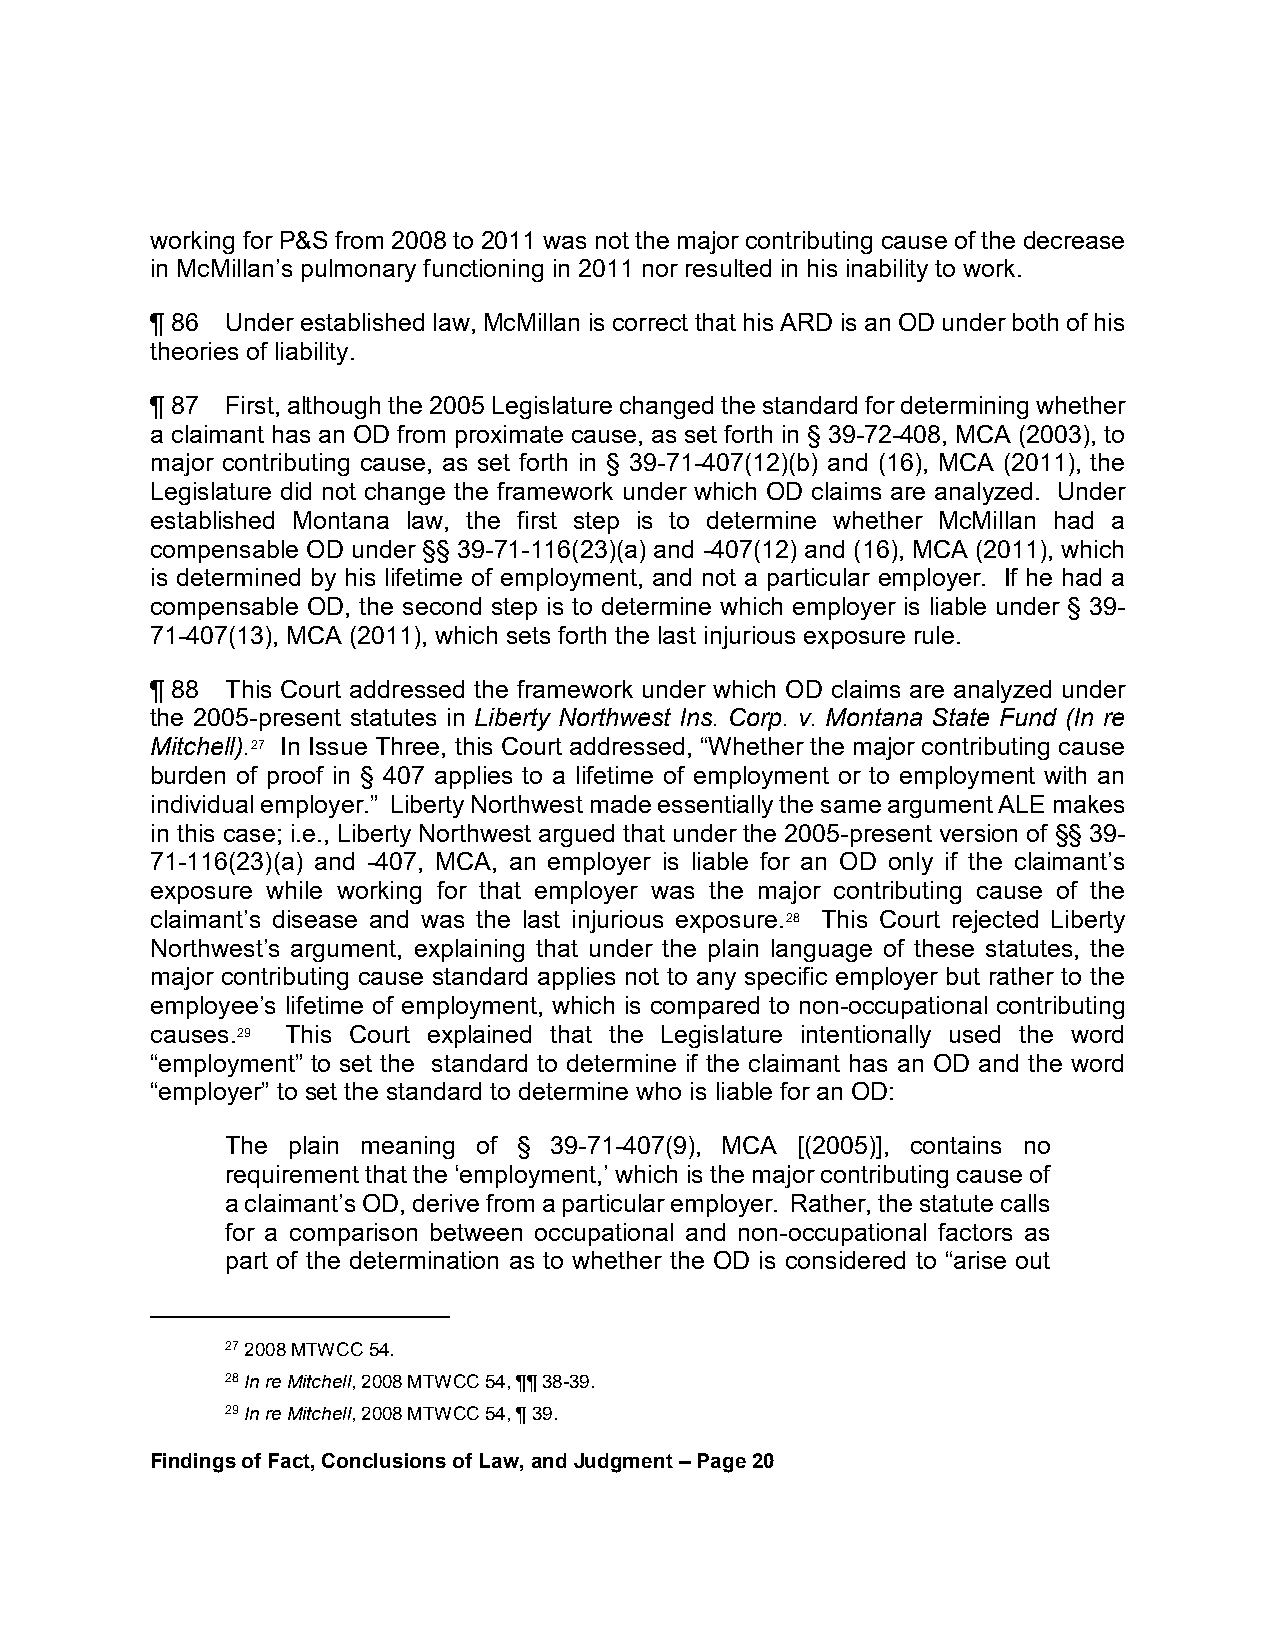
working for P&S from 2008 to 2011 was not the major contributing cause of the decrease
 in McMillan’s pulmonary functioning in 2011 nor resulted in his inability to work.
 ¶ 86 Under established law, McMillan is correct that his ARD is an OD under both of his
 theories of liability.
 ¶ 87 First, although the 2005 Legislature changed the standard for determining whether
 a claimant has an OD from proximate cause, as set forth in § 39-72-408, MCA (2003), to
 major contributing cause, as set forth in § 39-71-407(12)(b) and (16), MCA (2011), the
 Legislature did not change the framework under which OD claims are analyzed. Under
 established Montana law, the first step is to determine whether McMillan had a
 compensable OD under §§ 39-71-116(23)(a) and -407(12) and (16), MCA (2011), which
 is determined by his lifetime of employment, and not a particular employer. If he had a
 compensable OD, the second step is to determine which employer is liable under § 39-
 71-407(13), MCA (2011), which sets forth the last injurious exposure rule.
 ¶ 88 This Court addressed the framework under which OD claims are analyzed under
 the 2005-present statutes in Liberty Northwest Ins. Corp. v. Montana State Fund (In re
 Mitchell).27 In Issue Three, this Court addressed, “Whether the major contributing cause
 burden of proof in § 407 applies to a lifetime of employment or to employment with an
 individual employer.” Liberty Northwest made essentially the same argument ALE makes
 in this case; i.e., Liberty Northwest argued that under the 2005-present version of §§ 39-
 71-116(23)(a) and -407, MCA, an employer is liable for an OD only if the claimant’s
 exposure while working for that employer was the major contributing cause of the
 claimant’s disease and was the last injurious exposure.28 This Court rejected Liberty
 Northwest’s argument, explaining that under the plain language of these statutes, the
 major contributing cause standard applies not to any specific employer but rather to the
 employee’s lifetime of employment, which is compared to non-occupational contributing
 causes.29 This Court explained that the Legislature intentionally used the word
 “employment” to set the standard to determine if the claimant has an OD and the word
 “employer” to set the standard to determine who is liable for an OD:
 The plain meaning of § 39-71-407(9), MCA [(2005)], contains no
 requirement that the ‘employment,’ which is the major contributing cause of
 a claimant’s OD, derive from a particular employer. Rather, the statute calls
 for a comparison between occupational and non-occupational factors as
 part of the determination as to whether the OD is considered to “arise out
 27 2008 MTWCC 54.
 28 In re Mitchell, 2008 MTWCC 54, ¶¶ 38-39.
 29 In re Mitchell, 2008 MTWCC 54, ¶ 39.
 Findings of Fact, Conclusions of Law, and Judgment – Page 20